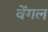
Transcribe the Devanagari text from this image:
वेंगल